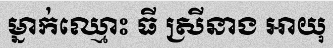
ម្នាក់ឈ្មោះ ធី ស្រីនាង អាយុ